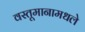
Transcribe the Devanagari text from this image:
वस्तूमानामधले